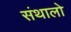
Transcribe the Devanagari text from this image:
संथालो